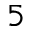
5